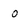
Character: 0